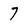
Character: 7